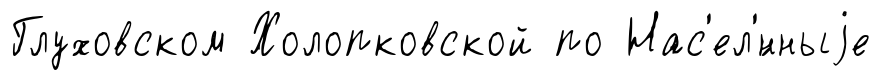
Глуховском Холопковской по Нас'ел'́нныjе